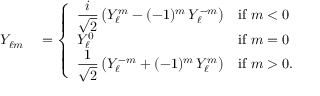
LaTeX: \begin{array} { r l } { Y _ { \ell m } } & { { } = { \left\{ \begin{array} { l l } { \displaystyle { \frac { i } { \sqrt { 2 } } } \left( Y _ { \ell } ^ { m } - ( - 1 ) ^ { m } \, Y _ { \ell } ^ { - m } \right) } & { { \mathrm { i f } } \ m < 0 } \\ { \displaystyle Y _ { \ell } ^ { 0 } } & { { \mathrm { i f } } \ m = 0 } \\ { \displaystyle { \frac { 1 } { \sqrt { 2 } } } \left( Y _ { \ell } ^ { - m } + ( - 1 ) ^ { m } \, Y _ { \ell } ^ { m } \right) } & { { \mathrm { i f } } \ m > 0 . } \end{array} \right. } } \end{array}